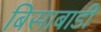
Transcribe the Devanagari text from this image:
बिसाबाडी